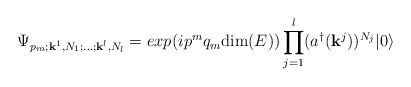
\begin{align*}\Psi_{p_{m}; {\bf k}^{1}, N_{1}; \dots ;{\bf k}^{l}, N_{l}} = exp(ip^{m}q_{m}{\rm dim}(E)) \prod_{j=1}^{l} (a^{\dagger}({\bf k}^{j}))^{N_{j}}|0\rangle\end{align*}